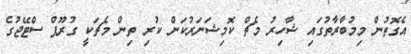
އެގޮތުން މިމުބާރާތުގައި ޝާހިރު މެޗް ކޮމިޝަނަރުކަން ކުރި ތިން މެޗަކީ ގުރޫޕް ސްޓޭޖުގެ